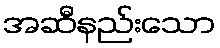
အဆီနည်းသော